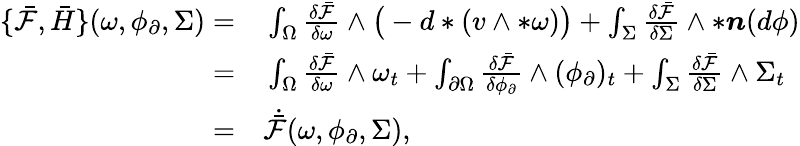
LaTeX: \begin{array}{rl}{\{ \bar{\mathcal{F}},\bar{H}\} (\omega,\phi_{\partial},\Sigma)=}&{{}\int_{\Omega}\frac{\delta\bar{\mathcal{F}}}{\delta\omega}\wedge\big(-d\ast(v\wedge\ast\omega)\big)+\int_{\Sigma}\frac{\delta\bar{\mathcal{F}}}{\delta\Sigma}\wedge\ast\boldsymbol{n}(d\phi)}\\ {=}&{{}\int_{\Omega}\frac{\delta\bar{\mathcal{F}}}{\delta\omega}\wedge\omega_{t}+\int_{\partial\Omega}\frac{\delta\bar{\mathcal{F}}}{\delta\phi_{\partial}}\wedge(\phi_{\partial})_{t}+\int_{\Sigma}\frac{\delta\bar{\mathcal{F}}}{\delta\Sigma}\wedge\Sigma_{t}}\\ {=}&{{}\dot{\bar{\mathcal{F}}}(\omega,\phi_{\partial},\Sigma),}\end{array}